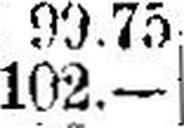
102.—